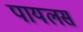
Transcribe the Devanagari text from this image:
पायलस